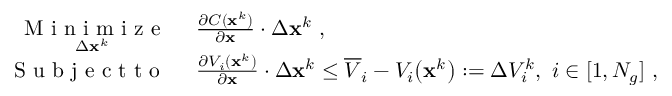
\begin{array} { r l } { \underset { \Delta \mathbf { x } ^ { k } } { \mathrm { ~ M ~ i ~ n ~ i ~ m ~ i ~ z ~ e ~ } } } & { { } ~ \frac { \partial C ( \mathbf { x } ^ { k } ) } { \partial \mathbf { x } } \cdot \Delta \mathbf { x } ^ { k } \mathrm { ~ , ~ } } \\ { \mathrm { ~ S ~ u ~ b ~ j ~ e ~ c ~ t ~ t ~ o ~ } } & { { } ~ \frac { \partial V _ { i } ( \mathbf { x } ^ { k } ) } { \partial \mathbf { x } } \cdot \Delta \mathbf { x } ^ { k } \le \overline { { V } } _ { i } - V _ { i } \big ( \mathbf { x } ^ { k } \big ) : = \Delta V _ { i } ^ { k } , ~ i \in [ 1 , N _ { g } ] \mathrm { ~ , ~ } } \end{array}